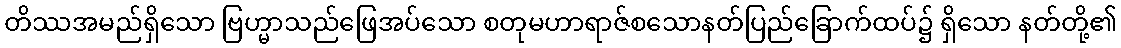
တိဿအမည်ရှိသော ဗြဟ္မာသည်ဖြေအပ်သော စတုမဟာရာဇ်စသောနတ်ပြည်ခြောက်ထပ်၌ ရှိသော နတ်တို့၏